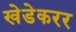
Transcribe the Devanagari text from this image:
खेडेकरर